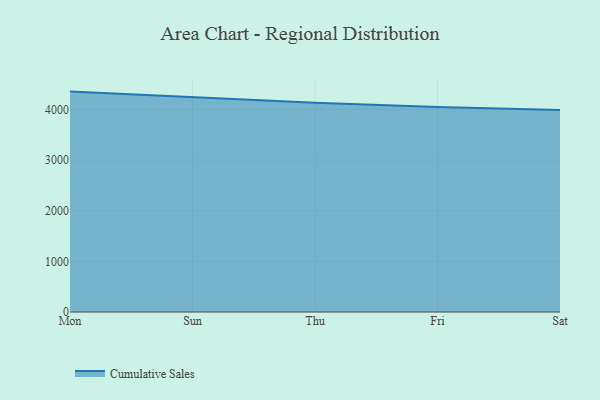
{"axis": {"x": "Day", "y": "Latency (ms)"}, "legend": ["Cumulative Sales"], "data": [{"x": "Mon", "y": 4351.2, "type": "Cumulative Sales"}, {"x": "Sun", "y": 4235.3, "type": "Cumulative Sales"}, {"x": "Thu", "y": 4131.9, "type": "Cumulative Sales"}, {"x": "Fri", "y": 4046.5, "type": "Cumulative Sales"}, {"x": "Sat", "y": 3990.0, "type": "Cumulative Sales"}]}